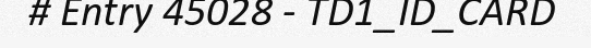
# Entry 45028 - TD1_ID_CARD